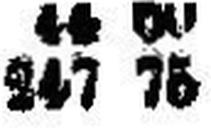
247 75